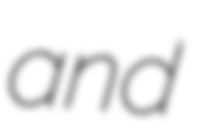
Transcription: and